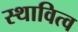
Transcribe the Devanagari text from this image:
स्थावित्व